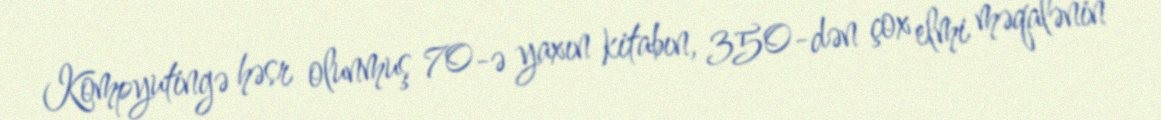
Kompyutingə həsr olunmuş 70-ə yaxın kitabın, 350-dən çox elmi məqalənin